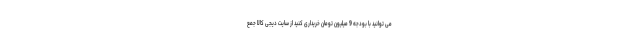
می توانید با بودجه 9 میلیون تومان خریداری کنید از سایت دیجی کالا جمع